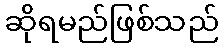
ဆိုရမည်ဖြစ်သည်